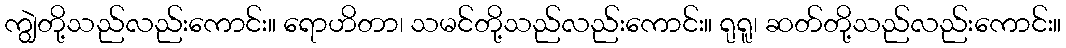
ကျွဲတို့သည်လည်းကောင်း။ ရောဟိတာ၊ သမင်တို့သည်လည်းကောင်း။ ရုရူ၊ ဆတ်တို့သည်လည်းကောင်း။